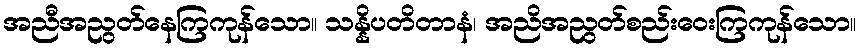
အညီအညွတ်နေကြကုန်သော။ သန္နိပတိတာနံ၊ အညိအညွတ်စည်းဝေးကြကုန်သော။